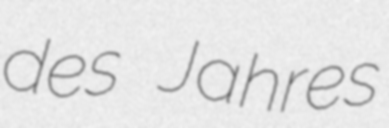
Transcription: des Jahres